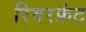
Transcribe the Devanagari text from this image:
रिवरफ्रंट